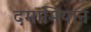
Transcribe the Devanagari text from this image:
दमामियान